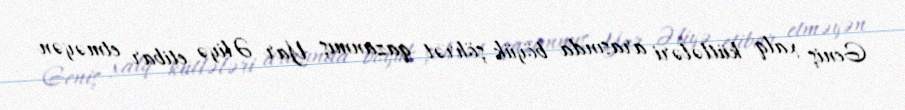
Geniş xalq kütlələri arasında böyük şöhrət qazanmış Yar Əliyə etibar etməyən